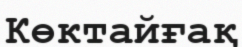
Көктайғақ